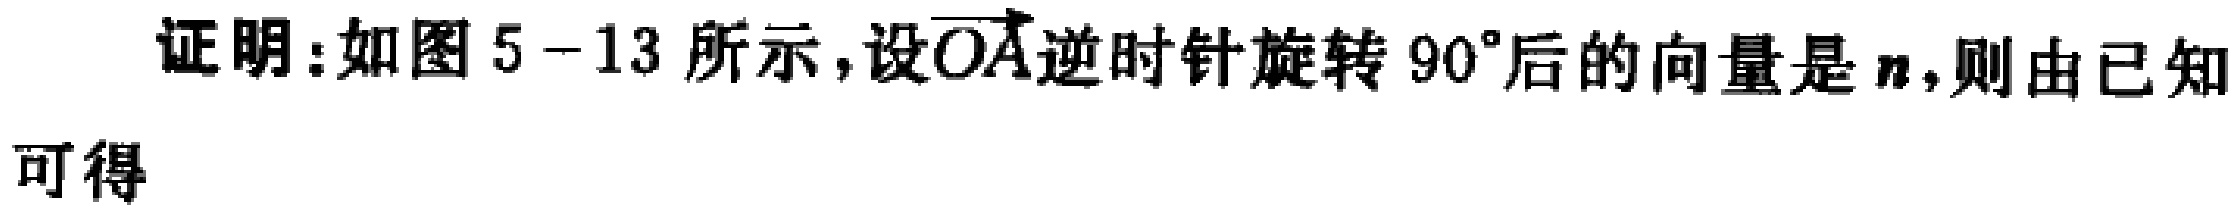
证明：如图 5-13 所示，设\(\overrightarrow{OA}\)逆时针旋转 \(90^{\circ}\)后的向量是\(\boldsymbol{n}\)，则由已知可得